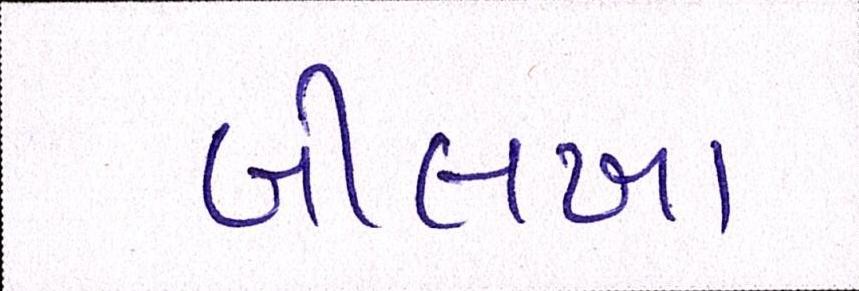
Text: બીલખા